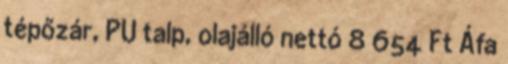
tépőzár, PU talp, olajálló nettó 8 654 Ft Áfa